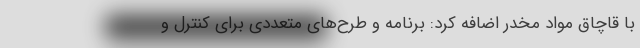
با قاچاق مواد مخدر اضافه کرد: برنامه و طرح‌های متعددی برای کنترل و